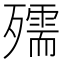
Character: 𭮥